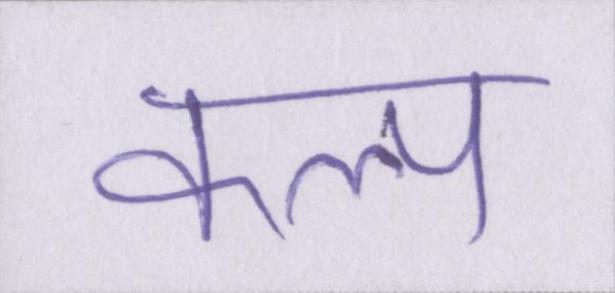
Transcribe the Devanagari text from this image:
कल्प